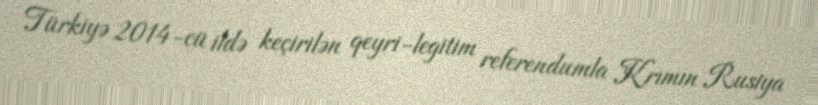
Türkiyə 2014-cü ildə keçirilən qeyri-legitim referendumla Krımın Rusiya